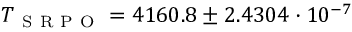
T _ { \mathrm { ~ S ~ R ~ P ~ O ~ } } = 4 1 6 0 . 8 \pm 2 . 4 3 0 4 \cdot 1 0 ^ { - 7 }